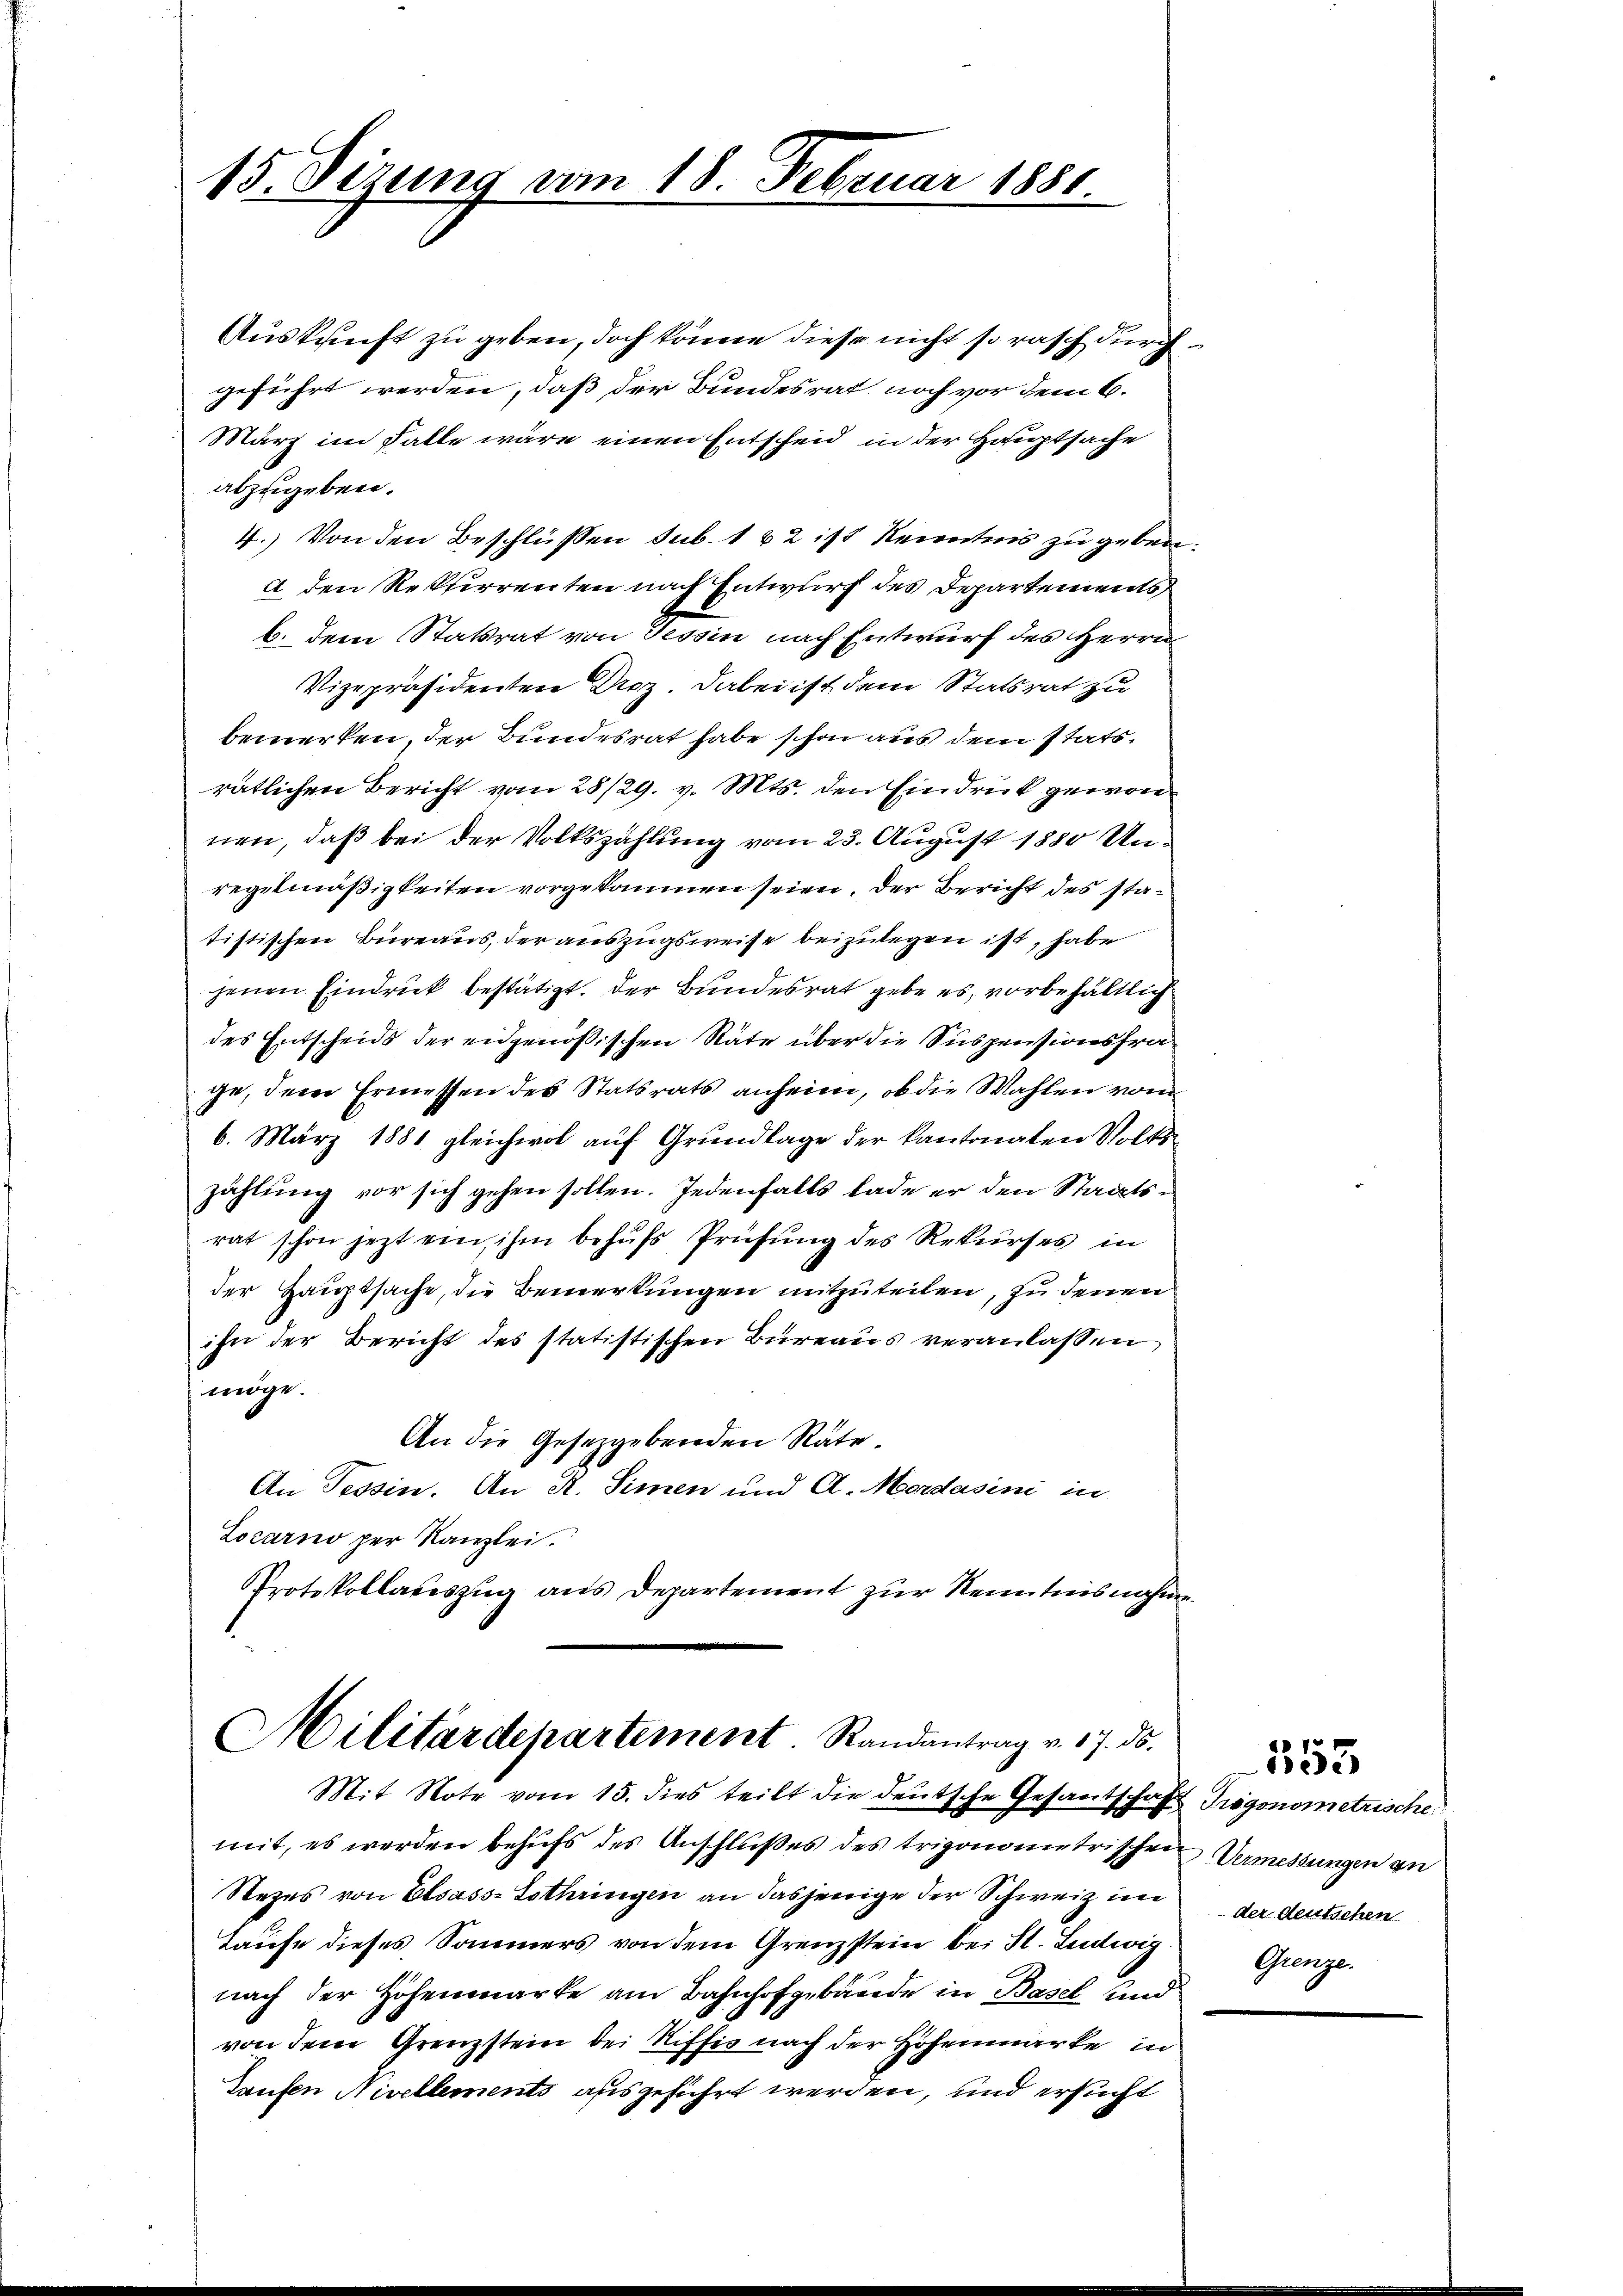
15. Sizung vom 18. Febr.

Auskunft zu geben, doch könne diese nicht so rasch durch
geführt werden, daß der Bundesrat noch vor dem 6.
März im Falle wäre einen Entscheid in der Hauptsache
abzugeben.
4.) Von den Beschlüssen sub. 162 ist Kenntnis zu geben
a den Rekurrenten nach Entwurf des Departements
b. dem Statsrat von Tessin nach Entwurf des Herrn
Vizepräsidenten Droz. Dabei ist dem Statsrat zu
bemerken, der Bundesrat habe schon aus dem statsratlichen Bericht vom 28/29. v. Mts. den Eindruck gewonnen, daß bei der Volkszahlung vom 23. August 1880 Unregelmäßigkeiten vorgekommen seien. Der Bericht des statistischen Bureaus, der auszugsweise beizulegen ist, habe
jenen Eindruck bestätigt. Der Bundesrat gebe es, vorbehältlich
des Entscheid der eidgenößischen Rate über die Suspensionsfrage, dem Ermessen des Statsrats anheim, ob die Wahlen von
6. März 1881 gleichwol auf Grundlage der kantonalen Volkszahlung vor sich gehen sollen. Jedenfalls lade er den Staatsrat schon jezt ein ihm behufs Prüfung des Rekurses in
der Hauptsache, die Bemerkungen mitzuteilen, zu denen
ihn der Bericht des statistischen Büreaus veranlassen
möge.
An die Gesetzgebenden Räte.
An Tessin. An R. Simmen und A. Merdasini in
Locarno per Kanzlei.
Protokollauszug aus Departement zur Kenntnisnahm

uar 1884

Militärdepartement. Randantrag v. 17. ds.
Mit Note vom 15. dies teilt die deutsche Gesantschafft Trigonometrische

mit, es werden behufs des Anschlußes des trigonometrischen Vermessungen zu
Stezes von Elsass-Lothringen an dasjenige der Schweiz im
Laufe dieses Sommers von dem Grenzstein bei St. Ludwig
nach der Höhenmarke am Bahnhofgebäude in Basel und
von dem Grenzstein bei Stiffis nach der Hohenmarke in
Taufen Nivellements ausgeführt werden, und ersucht

der deutschen
Grenze.

7
ede